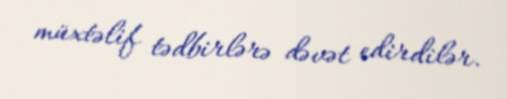
müxtəlif tədbirlərə dəvət edirdilər.